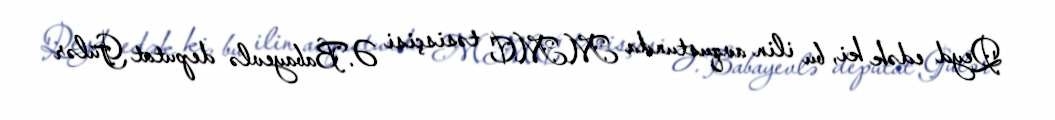
Qeyd edək ki, bu ilin avqustunda MMC təsisçisi Ə.Babayevlə deputat Gülər